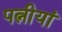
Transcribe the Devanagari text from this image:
पत्नीयां